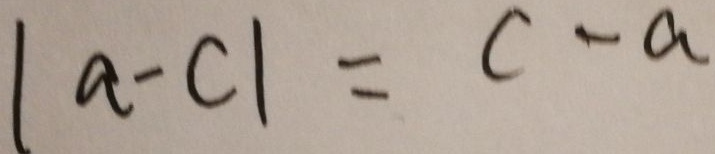
\vert a - c \vert = c - a